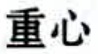
重心